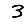
Digit: 3